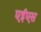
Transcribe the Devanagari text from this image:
एईएस